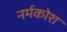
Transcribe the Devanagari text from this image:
नर्मकोश